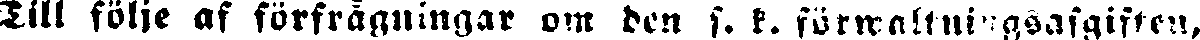
Till följe af förfrågningar om den s. k. förwaltningsfgiften,